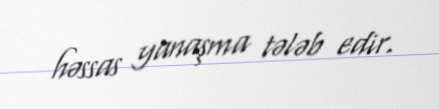
həssas yanaşma tələb edir.